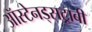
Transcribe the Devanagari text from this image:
ऑस्टेनड्सट्राबी